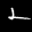
Label: 2